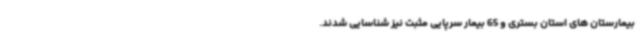
بیمارستان های استان بستری و 65 بیمار سرپایی مثبت نیز شناسایی شدند.